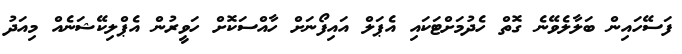
ފަސޭހައިން ބަލާލެވޭނެ ގޮތް ހެދުމަށްޓަކައި އެޕަލް އައިފޯނަށް ހާއްސަކޮށް ހަވީރުން އެޕްލިކޭޝަނެއް މިއަދު